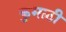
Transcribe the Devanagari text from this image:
कुमाठी